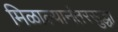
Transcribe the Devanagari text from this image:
मिळाल्यानंतरसुद्धा